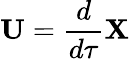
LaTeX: \mathbf{U}={\frac{d}{d\tau}}\mathbf{X}